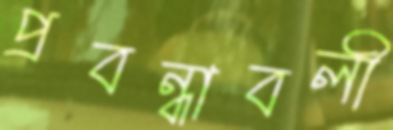
প্রবন্ধাবলী